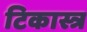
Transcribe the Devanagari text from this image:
टिकास्त्र